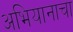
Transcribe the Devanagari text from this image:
अभियानाचा